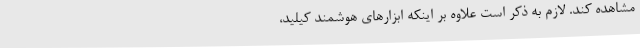
مشاهده کند. لازم به ذکر است علاوه بر اینکه ابزارهای هوشمند کیلید،